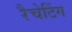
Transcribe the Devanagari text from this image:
रैचेटिंग